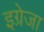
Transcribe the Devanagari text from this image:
इग्रेजा